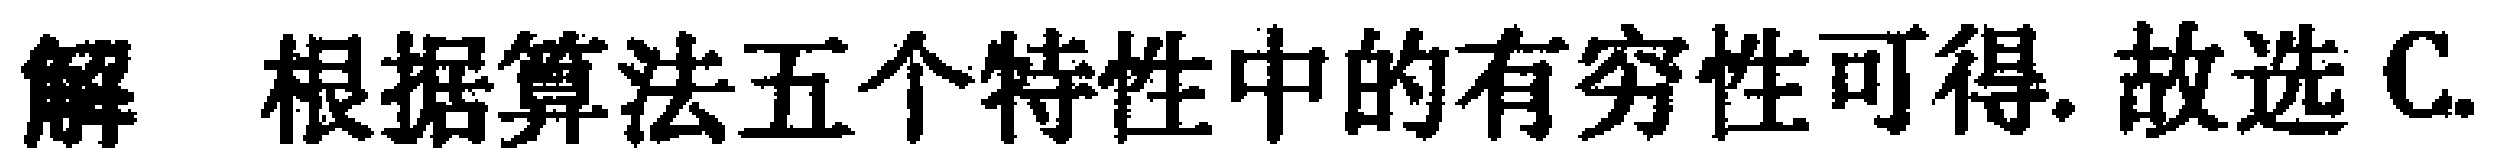
解 根据算法五个特性中的有穷性可得. 故选 C.